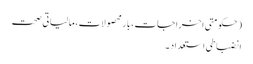
(حکومتی اخراجات، بارِ محصولات، مالیاتی صحت
انضباطی استعداد ۔